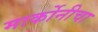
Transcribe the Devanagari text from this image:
मार्कोनीचा